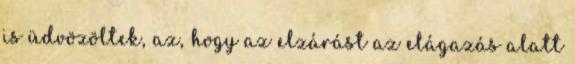
is üdvözöltek, az, hogy az elzárást az elágazás alatt